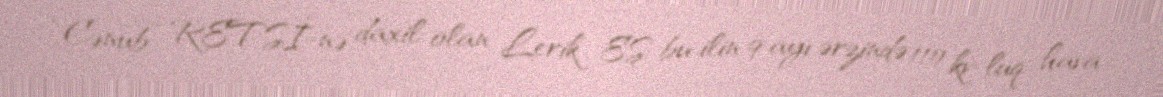
“Cənub” RETSİ-nə daxil olan Lerik EŞ bu ilin 9 ayı ərzində 110 kv-luq hava